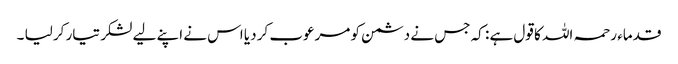
قدماء رحمہ اللہ کا قول ہے : کہ جس نے دشمن کو مرعوب کر دیا اس نے اپنے لیے لشکر تیار کر لیا ۔